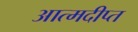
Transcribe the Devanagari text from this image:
आत्मदीप्त